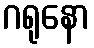
ဂရုနော